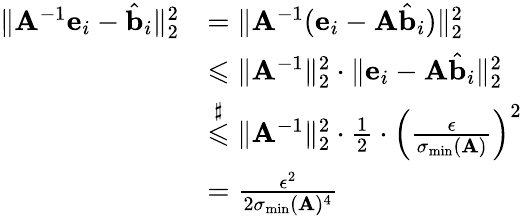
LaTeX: \begin{array}{rl}{\| \mathbf{A}^{-1}\mathbf{e}_{i}-\hat{\mathbf{b}}_{i}\| _{2}^{2}}&{=\| \mathbf{A}^{-1}(\mathbf{e}_{i}-\mathbf{A}\hat{\mathbf{b}}_{i})\| _{2}^{2}}\\ &{\leqslant\| \mathbf{A}^{-1}\| _{2}^{2}\cdot\| \mathbf{e}_{i}-\mathbf{A}\hat{\mathbf{b}}_{i}\| _{2}^{2}}\\ &{\overset{\sharp}{\leqslant}\| \mathbf{A}^{-1}\| _{2}^{2}\cdot\frac{1}{2}\cdot\left(\frac{\epsilon}{\sigma_{\mathrm{min}}(\mathbf{A})}\right)^{2}}\\ &{=\frac{\epsilon^{2}}{2\sigma_{\mathrm{min}}(\mathbf{A})^{4}}}\end{array}